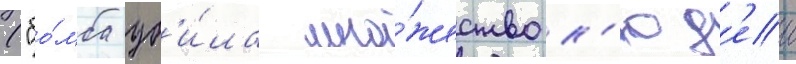
("бо́мба уб'и́ла мно́жество л'юд'еи